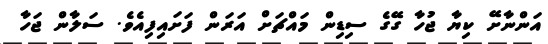
އަންނާށޭ ކިޔާ ޖުހާ ގޭގެ ސިޑިން މައްޗަށް އަރަން ފަށައިފިއެވެ. ސަލާން ޖަހާ